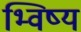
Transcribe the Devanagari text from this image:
भ्विष्य